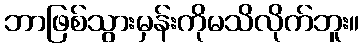
ဘာဖြစ်သွားမှန်းကိုမသိလိုက်ဘူး။